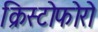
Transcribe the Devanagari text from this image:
क्रिस्टोफोरो